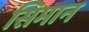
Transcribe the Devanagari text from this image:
सिमान